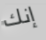
إنك